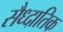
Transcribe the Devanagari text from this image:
सैध्दातिक